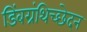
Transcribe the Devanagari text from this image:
डिंबग्रंथिच्छेदन